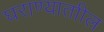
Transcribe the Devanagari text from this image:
घराण्याताील